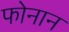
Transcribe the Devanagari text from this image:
फोनान